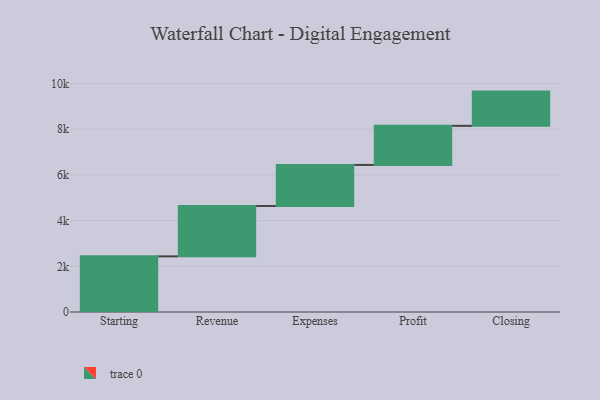
{"axis": {"x": "Step", "y": "Value"}, "legend": [""], "data": [{"x": "Starting", "y": 2436.0, "type": ""}, {"x": "Revenue", "y": 2203.0, "type": ""}, {"x": "Expenses", "y": 1799.0, "type": ""}, {"x": "Profit", "y": 1712.0, "type": ""}, {"x": "Closing", "y": 1498.0, "type": ""}]}